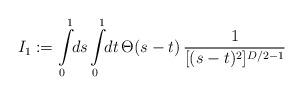
LaTeX: \begin{align*}I_1:= \int\limits_0^1 \!\! ds \int\limits_0^1 \!\! dt \,\Theta(s-t) \,{1 \over [(s-t)^2]^{D/2-1}}\end{align*}